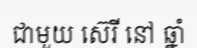
ជាមួយ ស៊េរី នៅ ឆ្នាំ